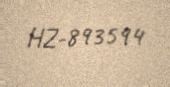
HZ-893594